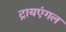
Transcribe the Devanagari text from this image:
ट्रायएंगल